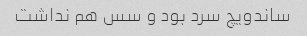
ساندویچ سرد بود و سس هم نداشت